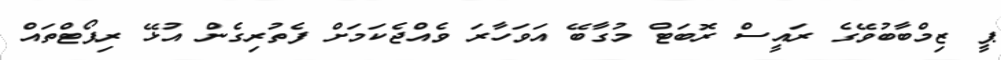
ޕީ ޒިމްބާބުވޭގެ ރައީސް ރޮބަޓް މުގާބޭ އަވަހާރަ ވެއްޖެކަމަށް ފެތުރިގެން އުޅޭ ރިޕޯޓްތައް